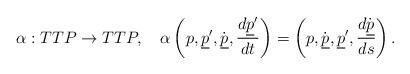
LaTeX: \begin{align*}\alpha:TTP\to TTP,\quad \alpha\left(p,{\underline p}^\prime,\dot{\underline p},{d {\underline p}^\prime\over dt}\right)=\left(p,\dot{\underline p},{\underline p}^\prime, {d \dot{\underline p}\over ds}\right).\end{align*}